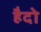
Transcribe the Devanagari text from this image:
हैदो